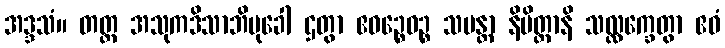
အဒ္ဒသံ။ တတ္ထ အသုကဒိသာဘိမုခေါ ဌတွာ ဧဝဉ္စေဝဉ္စ သမန္တာ နိမိတ္တာနိ သလ္လက္ခေတွာ ဧဝံ